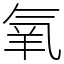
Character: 氧